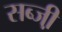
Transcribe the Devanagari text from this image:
सब्जी़